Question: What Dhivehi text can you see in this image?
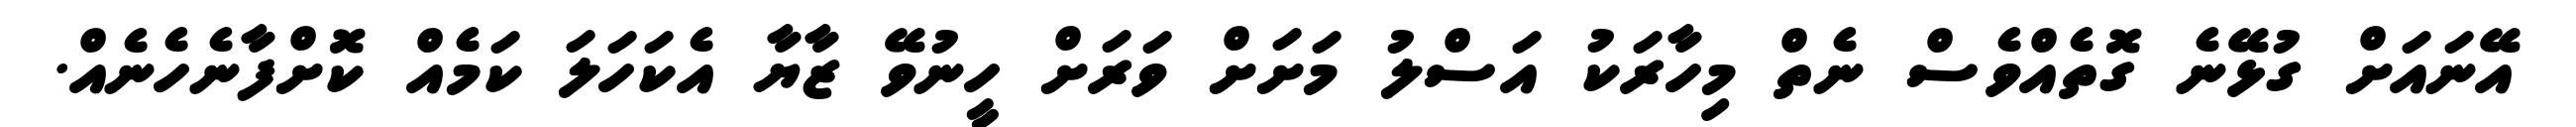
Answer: އޭނައަށް ގުޅޭނެ ގޮތެއްވެސް ނެތް މިހާރަކު އަސްލު މަށަށް ވަރަށް ހީނުވޭ ޒާޔާ އެކަހަލަ ކަމެއް ކޮށްފާނެހެނެއް.